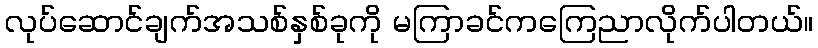
လုပ်ဆောင်ချက်အသစ်နှစ်ခုကို မကြာခင်ကကြေညာလိုက်ပါတယ်။